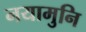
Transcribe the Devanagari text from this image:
नयामुनि